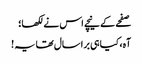
صفحے کے نیچے اس نے لکھا؛
آہ، کیا ہی برا سال تھا یہ !